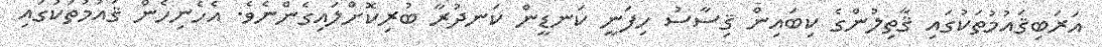
އަރަބިޤައުމުތަކުގައި ޤާތިލުންގެ ކިބައިން ޤިސާސު ހިފަނީ ކަނޑީން ކަނދުރާ ބުރިކޮށްލައިގެންނެވެ. އެހެނިހެން ޤައުމުތަކުގައި